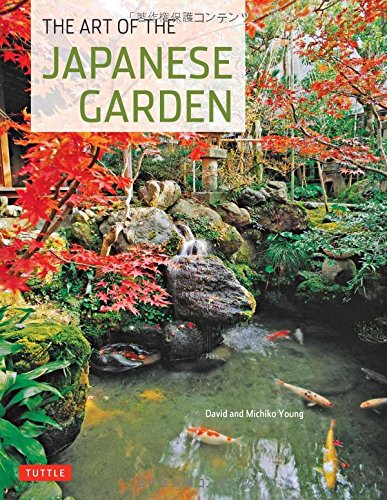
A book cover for The Art of the Japanese Garden; Michiko Young; Crafts, Hobbies & Home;